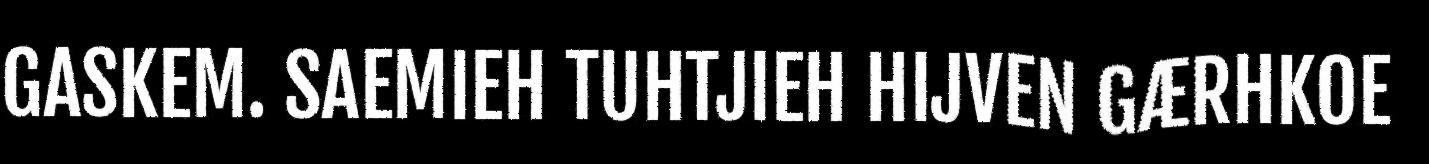
GASKEM. SAEMIEH TUHTJIEH HIJVEN GÆRHKOE